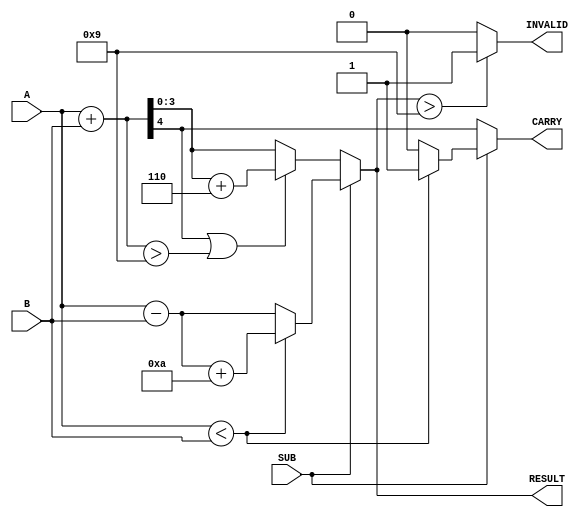
module BCD_Add_Subtracter (
    input  wire [3:0] A,      // First BCD digit
    input  wire [3:0] B,      // Second BCD digit
    input  wire SUB,          // Control signal (0: add, 1: subtract)
    output reg  [3:0] RESULT, // Resulting BCD digit
    output reg  CARRY,        // Carry out for addition or borrow for subtraction
    output reg  INVALID       // Indicates an invalid BCD result
);

    wire [4:0] sum;           // 5-bit sum for addition
    wire [4:0] diff;          // 5-bit difference for subtraction
    wire carry_out;           // Carry out from addition
    wire borrow_out;          // Borrow out from subtraction

    // Perform addition
    assign sum = A + B; // 4-bit A + 4-bit B, result can be 5 bits
    assign carry_out = sum[4]; // Carry out is the 5th bit

    // Perform subtraction
    assign diff = A - B; // 4-bit A - 4-bit B, result can be 5 bits
    assign borrow_out = (A < B); // If A is less than B, borrow occurs

    always @(*) begin
        // Default outputs
        RESULT = 4'b0000;
        CARRY = 1'b0;
        INVALID = 1'b0;

        if (SUB == 0) begin // Addition
            CARRY = carry_out; // Set carry output
            if (carry_out || (sum > 4'b1001)) begin
                // BCD correction
                RESULT = sum + 4'b0110; // Add 6 for BCD correction
            end else begin
                RESULT = sum[3:0]; // Use lower 4 bits as result
            end
        end else begin // Subtraction
            if (borrow_out) begin
                // BCD correction for negative result
                RESULT = diff + 4'b1010; // Add 10 for BCD correction
                CARRY = 1'b1; // Indicate borrow
            end else begin
                RESULT = diff[3:0]; // Use lower 4 bits as result
            end
        end

        // Check for invalid BCD result
        if (RESULT > 4'b1001) begin
            INVALID = 1'b1; // Set invalid flag if result exceeds 9
        end
    end

endmodule